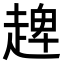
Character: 𧼠